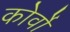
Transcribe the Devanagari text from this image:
कोर्वो